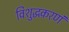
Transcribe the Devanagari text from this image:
विशुद्धकरणं